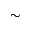
\sim